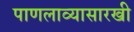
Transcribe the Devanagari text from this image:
पाणलाव्यासारखी